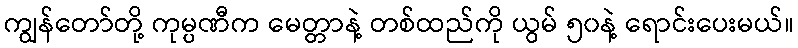
ကျွန်တော်တို့ ကုမ္ပဏီက မေတ္တာနဲ့ တစ်ထည်ကို ယွမ် ၅၀နဲ့ ရောင်းပေးမယ်။